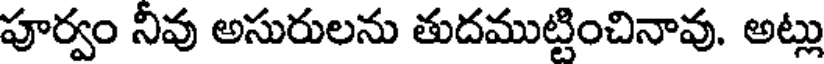
పూర్వం నీవు అసురులను తుదముట్టించినావు. అట్లు